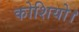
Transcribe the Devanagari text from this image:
कोशियो।